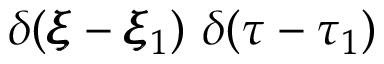
\delta ( \pmb { \xi } - \pmb { \xi } _ { 1 } ) ~ \delta ( \tau - \tau _ { 1 } )